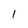
Character: I